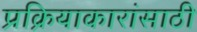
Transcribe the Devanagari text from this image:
प्रक्रियाकारांसाठी